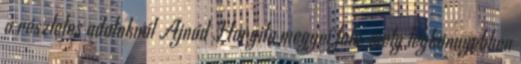
a részletes adatoknál Ajnád Hargita megyei falu, mely legkönnyebben